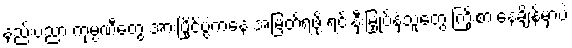
နည်းပညာ ကုမ္ပဏီတွေ အားပြိုင်ပွဲကနေ အမြတ်ရဖို့ ရင်းနှီးမြှုပ်နှံသူတွေ ကြိုးစားနေချိန်မှာပဲ